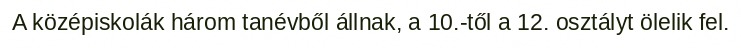
A középiskolák három tanévből állnak, a 10.-től a 12. osztályt ölelik fel.